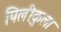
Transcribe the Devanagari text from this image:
पिलीकुला